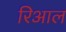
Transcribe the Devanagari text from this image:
रिआल